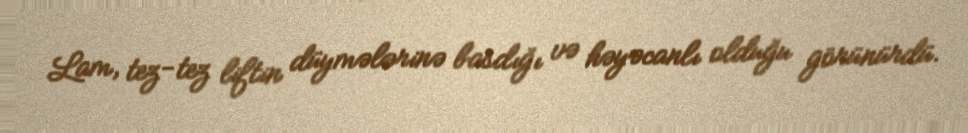
Lam, tez-tez liftin düymələrinə basdığı və həyəcanlı olduğu görünürdü.